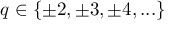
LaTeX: q \in \{ \pm 2 , \pm 3 , \pm 4 , . . . \}